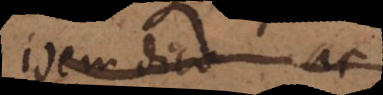
idem dico ac